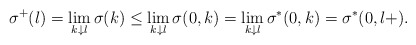
\begin{align*}\sigma^+(l)=\lim_{k\downarrow l}\sigma(k)\leq \lim_{k \downarrow l}\sigma(0,k) = \lim_{k \downarrow l}\sigma^*(0,k)=\sigma^*(0,l+). \end{align*}